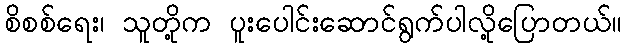
စိစစ်ရေး၊ သူတို့က ပူးပေါင်းဆောင်ရွက်ပါလို့ပြောတယ်။